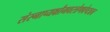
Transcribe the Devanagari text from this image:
संस्नाप्यक्षौमवस्त्रेणवेष्ट्यच